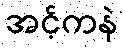
အင့်ကနဲ